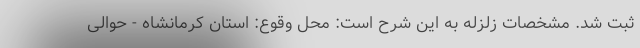
ثبت شد. مشخصات زلزله به این شرح است: محل وقوع: استان كرمانشاه - حوالی